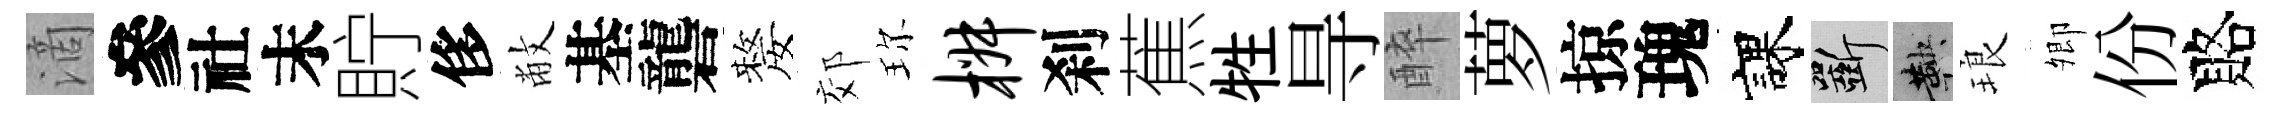
滴參社末貯侈敝基礱嫠郊珎椒刹蕉牲㝵醉萝掠瑰課斫鞅琅𡖖份賂